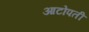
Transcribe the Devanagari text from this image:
आटोपती